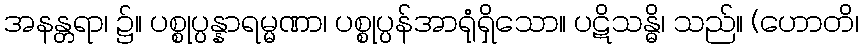
အနန္တရာ၊ ၌။ ပစ္စုပ္ပန္နာရမ္မဏာ၊ ပစ္စုပ္ပန်အာရုံရှိသော။ ပဋိသန္ဓိ၊ သည်။ (ဟောတိ၊